Jaan_Tonisson_(Lasteleht), lk 115
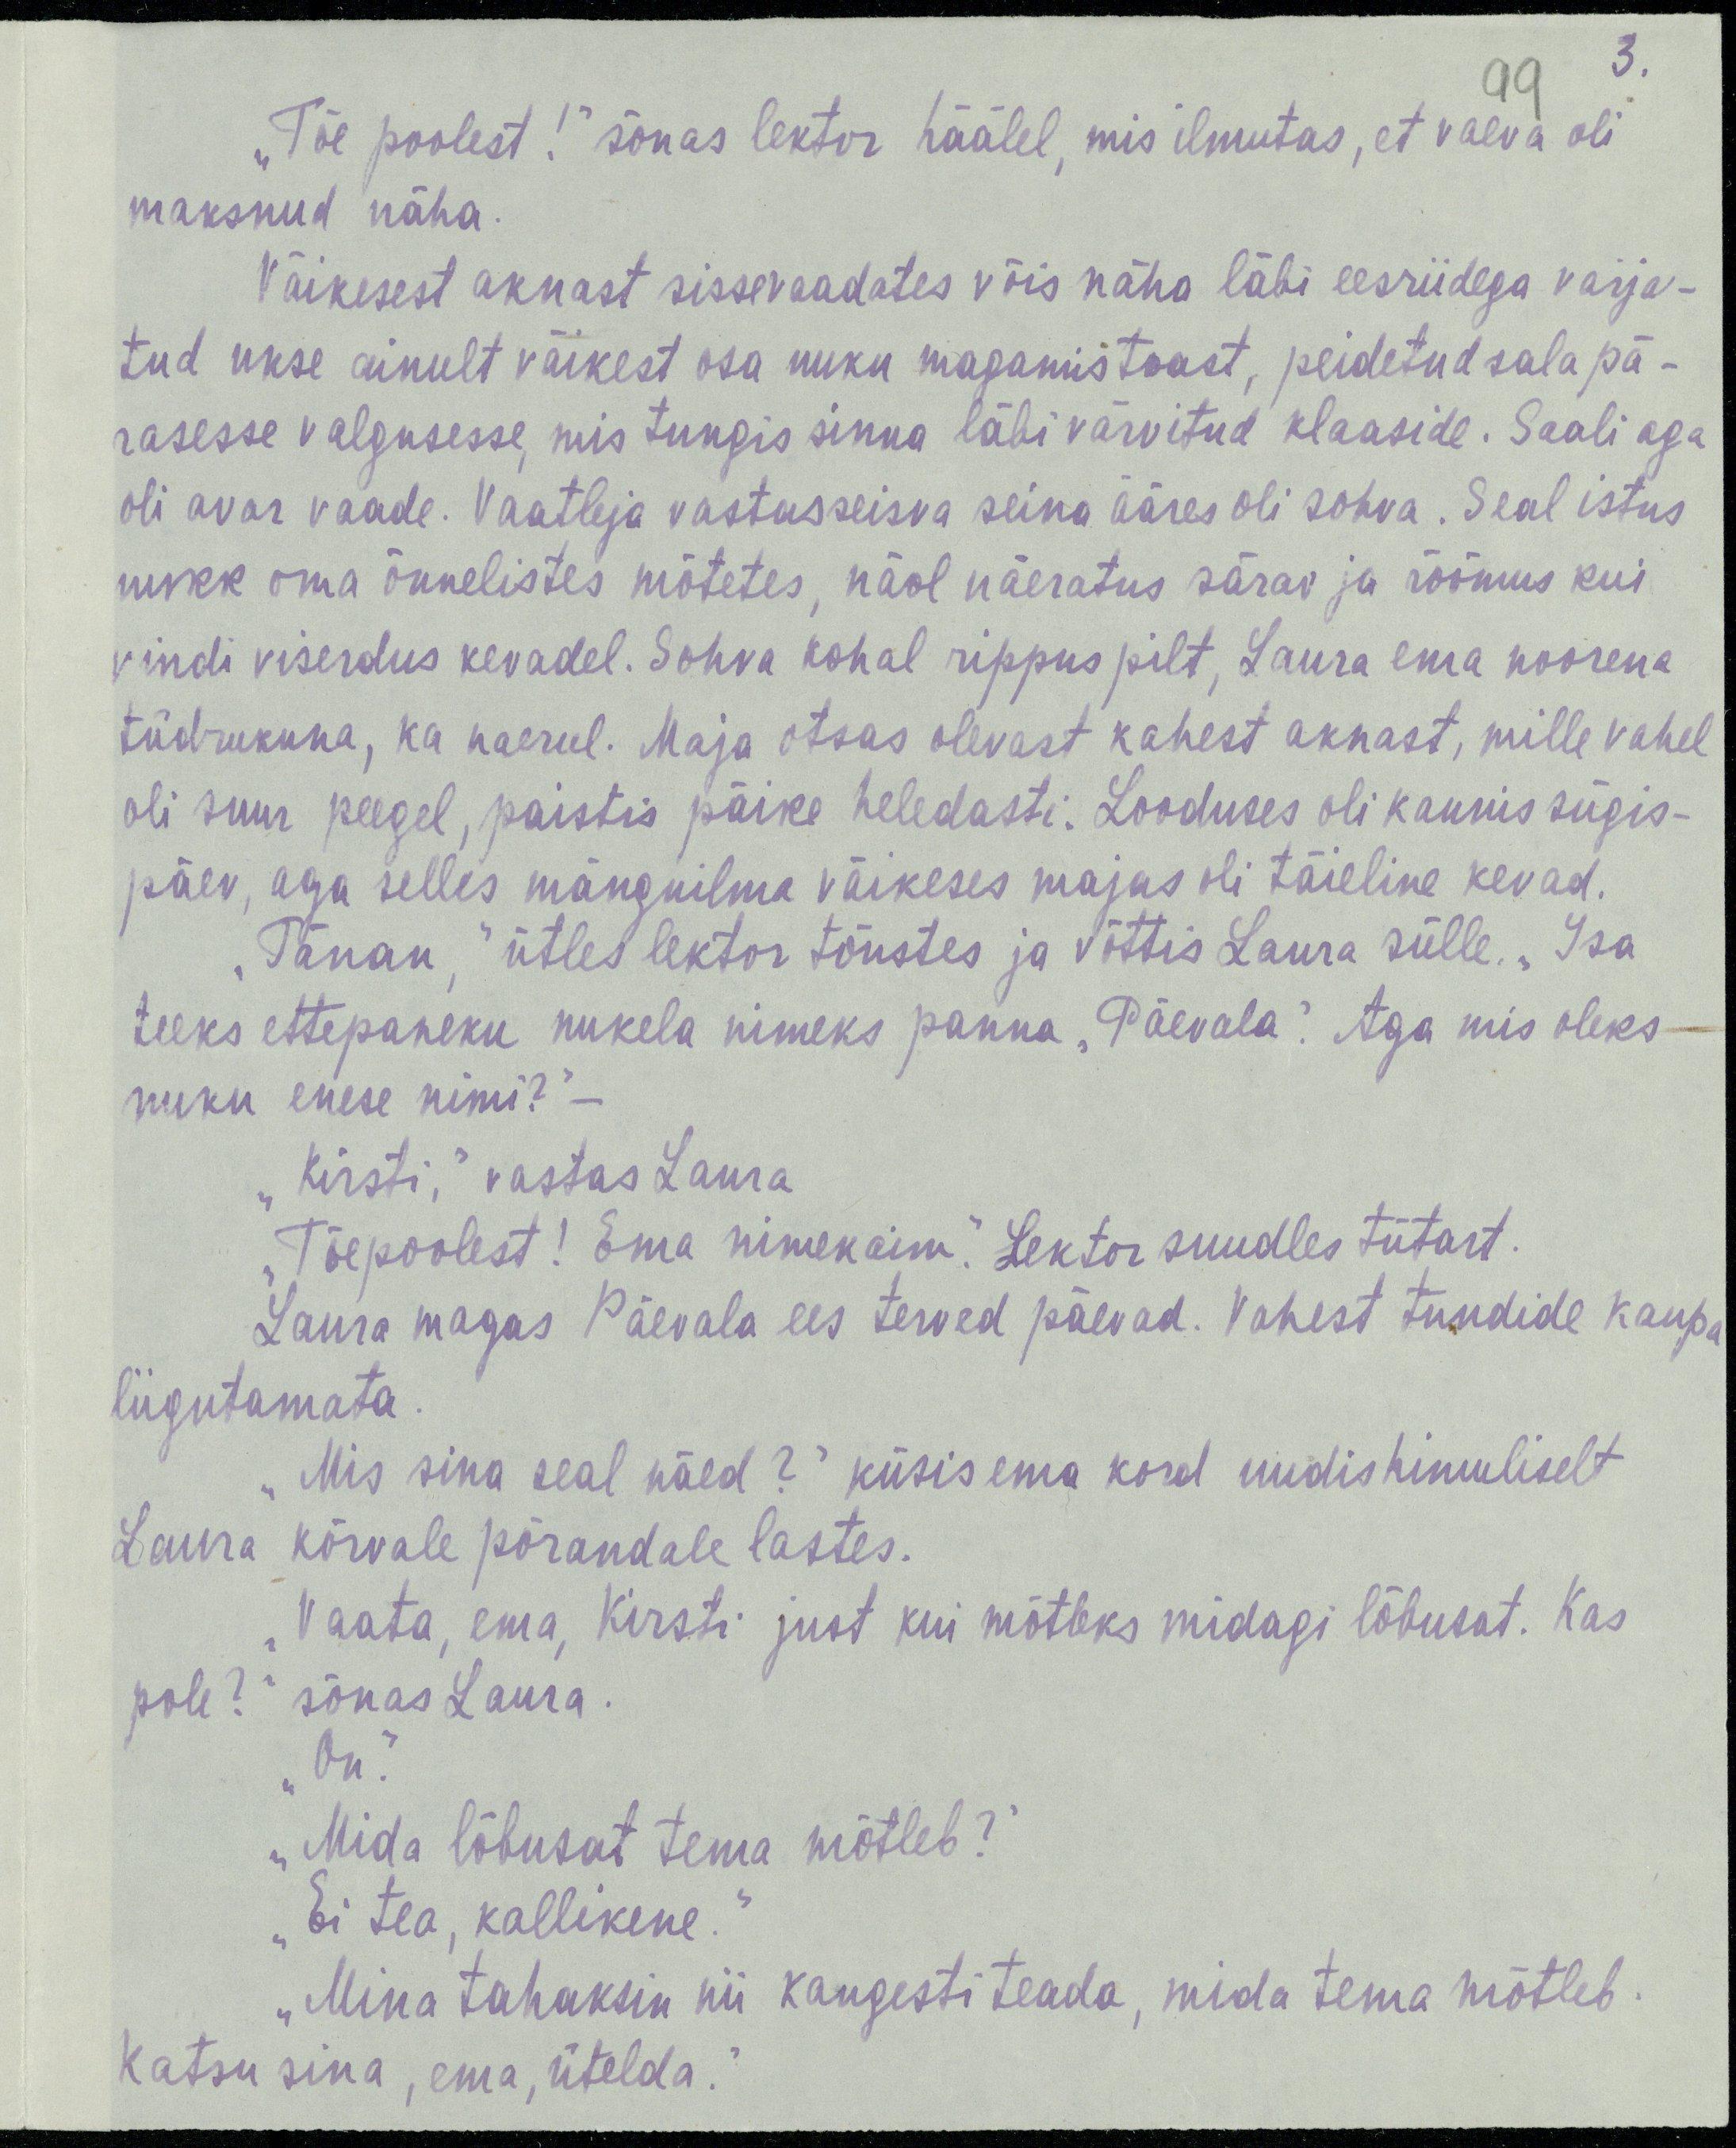
3.
99
„Tõe poolest!“ sõnas lektor häälel, mis ilmutas, et vaeva oli
maksnud näha.
Väikesest aknast sissevaadates võis näha läbi eesriidega varja-
tud ukse ainult väikest osa nuku magamistoast, peidetud salapä-
rasesse valgusesse, mis tungis sinna läbi värvitud klaaside. Saali aga
oli avar vaade. Vaatleja vastasseisva seina ääres oli sohva. Seal istus
nukk oma õnnelistes mõtetes, näol näeratus särav ja rõõmus kui
vindi viserdus kevadel. Sohva kohal rippus pilt, Laura ema noorena
tüdrukuna, ka naerul. Maja otsas olevast kahest aknast, mille vahel
oli suur peegel, paistis päike heledasti. Looduses oli kaunis sügis-
päev, aga selles mänguilma väikeses majas oli tõeline kevad.
„Tänan,“ ütles lektor tõustes ja võttis Laura sülle. „Isa
teeks ettepaneku nukela nimeks panna „Päevala.“  Aga mis oleks
nuku enese nimi?“ –
„Kirsti,“  vastas Laura
„Tõepoolest! Ema nimekaim.“ Lektor suudles tütart.
Laura magas Päevala ees terved päevad. Vahest tundide kaupa
liigutamata.
„Mis sina seal näed?“ küsis ema kord uudishimuliselt
Laura kõrvale põrandale lastes.
„Vaata, ema, Kirsti just kui mõtleks midagi lõbusat. Kas
pole?“ sõnas Laura.
„On.“
„Mida lõbusat tema mõtleb?“
„Ei tea, kallikene.“
„Mina tahaksin nii kangesti teada, mida tema mõtleb.
Katsu sina, ema, ütelda.“